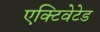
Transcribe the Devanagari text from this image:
एक्टिवेटेड